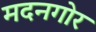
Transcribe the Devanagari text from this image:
मदनगोर